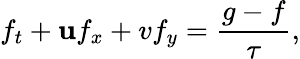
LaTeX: {{f}_{t}}+\mathbf{u}{{f}_{x}}+v{{f}_{y}}=\frac{{g-f}}{{\tau}},